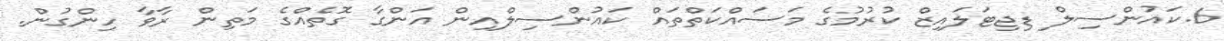
6.ކައުންސިލް ޑިޖިޓަލައިޒް ކުރުމުގެ މަސައްކަތްތައް ކައުންސިލްއިން އަންގާ ގޮތެއްގެ މަތިން ރާވާ ހިންގުން.